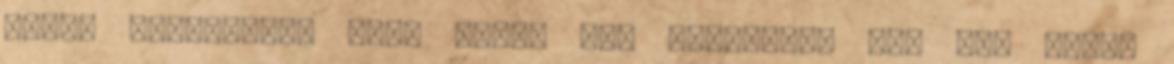
matek érettségi? Mert nekem nem probléma, meg aki éppen